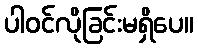
ပါဝင်လိုခြင်းမရှိပေ။